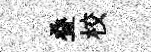
叠校